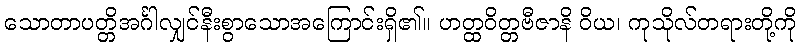
သောတာပတ္တိအင်္ဂါလျှင်နီးစွာသောအကြောင်းရှိ၏။ ဟတ္ထဝိတ္တဗီဇာနိ ဝိယ၊ ကုသိုလ်တရားတို့ကို